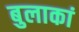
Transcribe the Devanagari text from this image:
बुलाकां